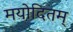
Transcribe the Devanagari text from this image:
मयोदितम्